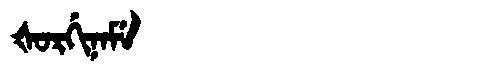
Manchu: ᡧᠣᡵᡤᡳᠨᠠᠮᡝ
Romanization: ŠORGINAME